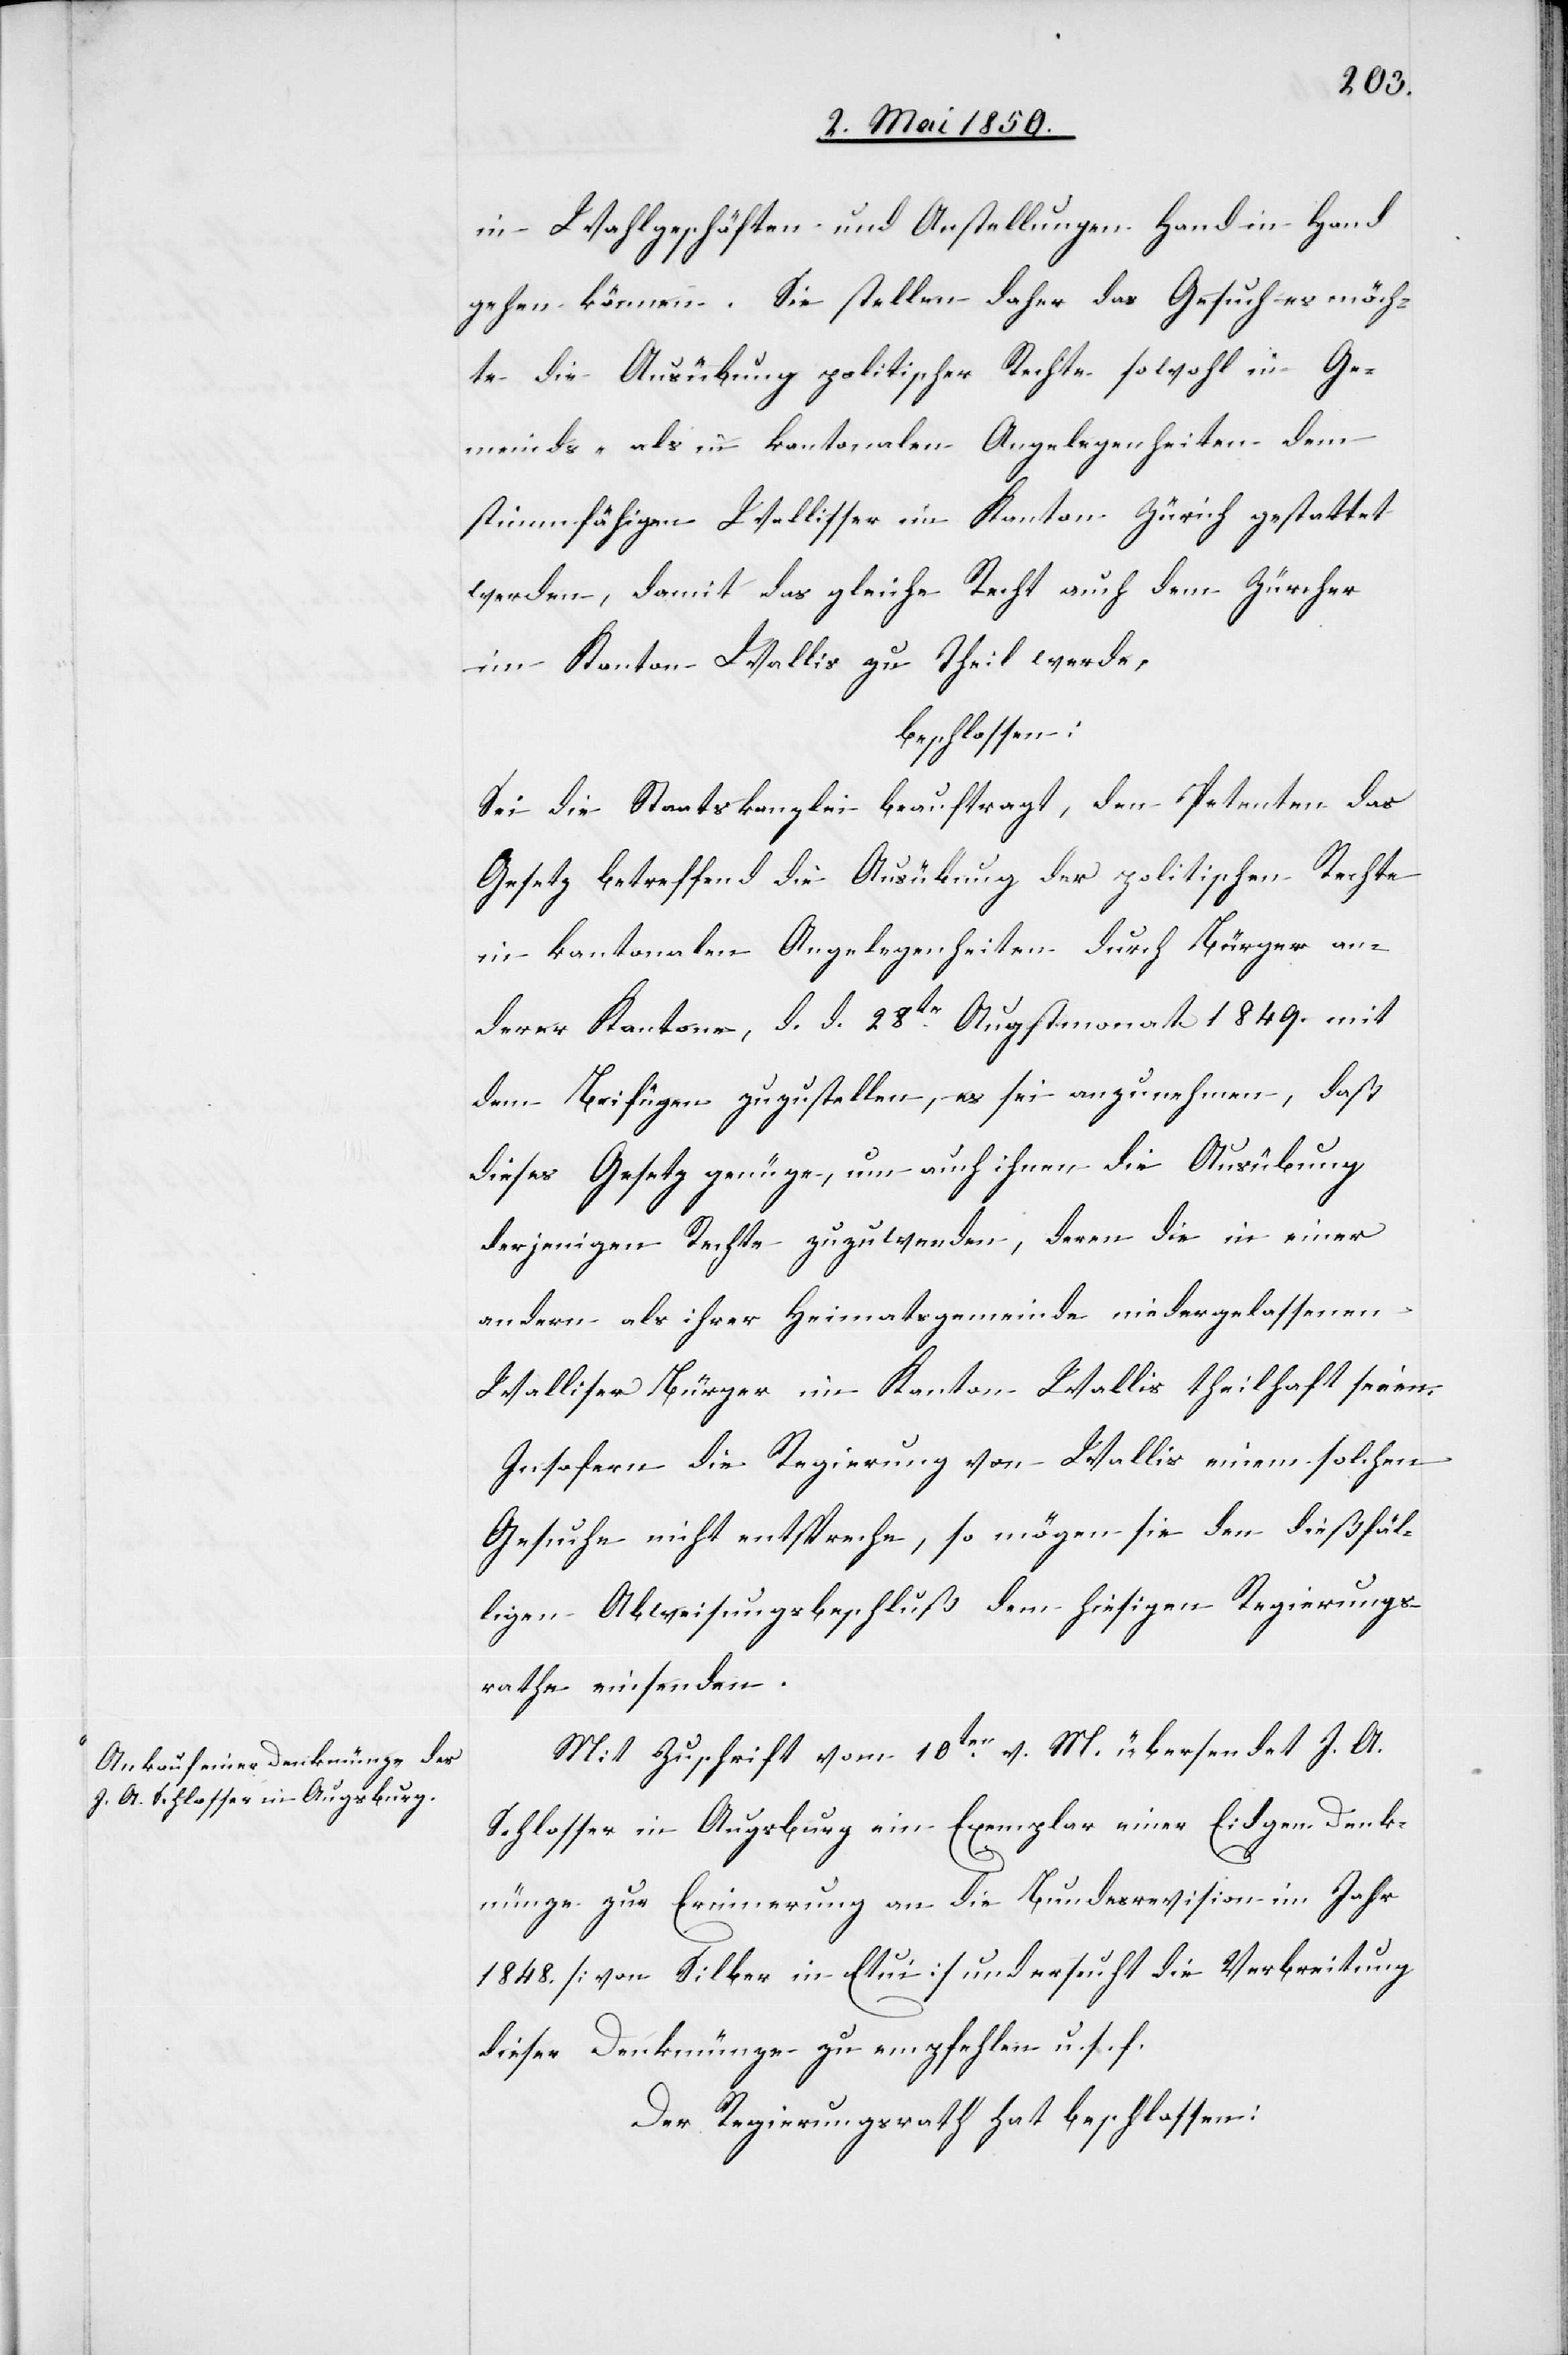
in Wahlgeschäften und Anstellungen Hand in Hand
gehen können. Sie stellen daher das Gesuch es möch¬
te die Ausübung politischer Rechte sowohl in Ge¬
meinds- als in kantonalen Angelegenheiten dem
stimmfähigen Wallisser im Kanton Zürich gestattet
werden, damit das gleiche Recht auch dem Zürcher
im Kanton Wallis zu Theil werde,
beschlossen:
Sei die Staatskanzlei beauftragt, den Petenten das
Gesetz betreffend die Ausübung der politischen Rechte
in kantonalen Angelegenheiten durch Bürger an¬
derer Kantone, d. d. 28tr Augstmonat 1849. mit
dem Beifügen zuzustellen, es sei anzunehmen, daß
dieses Gesetz genüge, um auch ihnen die Ausübung
derjenigen Reche zuzuwenden, deren die in einer
andern als ihrer Heimatsgemeinde niedergelassenen
Walliser Bürger im Kanton Wallis theilhaft seien.
Insofern die Regierung von Wallis einem solchen
Gesuche nicht entspreche, so mögen sie den dießfäl¬
ligen Abweisungsbeschluß dem hiesigen Regierungs¬
rathe einsenden.
Mit Zuschrift vom 10ten v. M. übersendet J. A.
Schlosser in Augsburg ein Exemplar einer Eidgen. Denk¬
münze zur Erinnerung an die Bundesrevision im Jahr
1848 [von Silber in Etui] und ersucht die Verbreitung
dieser Denkmünze zu empfehlen u. s. f.
Der Regierungsrath hat beschlossen: